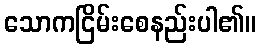
သောကငြိမ်းစေနည်းပါ၏။